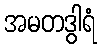
အမတဒွါရံ